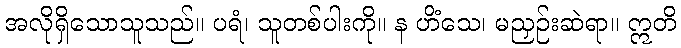
အလိုရှိသောသူသည်။ ပရံ၊ သူတစ်ပါးကို။ န ဟိံသေ၊ မညှဉ်းဆဲရာ။ ဣတိ